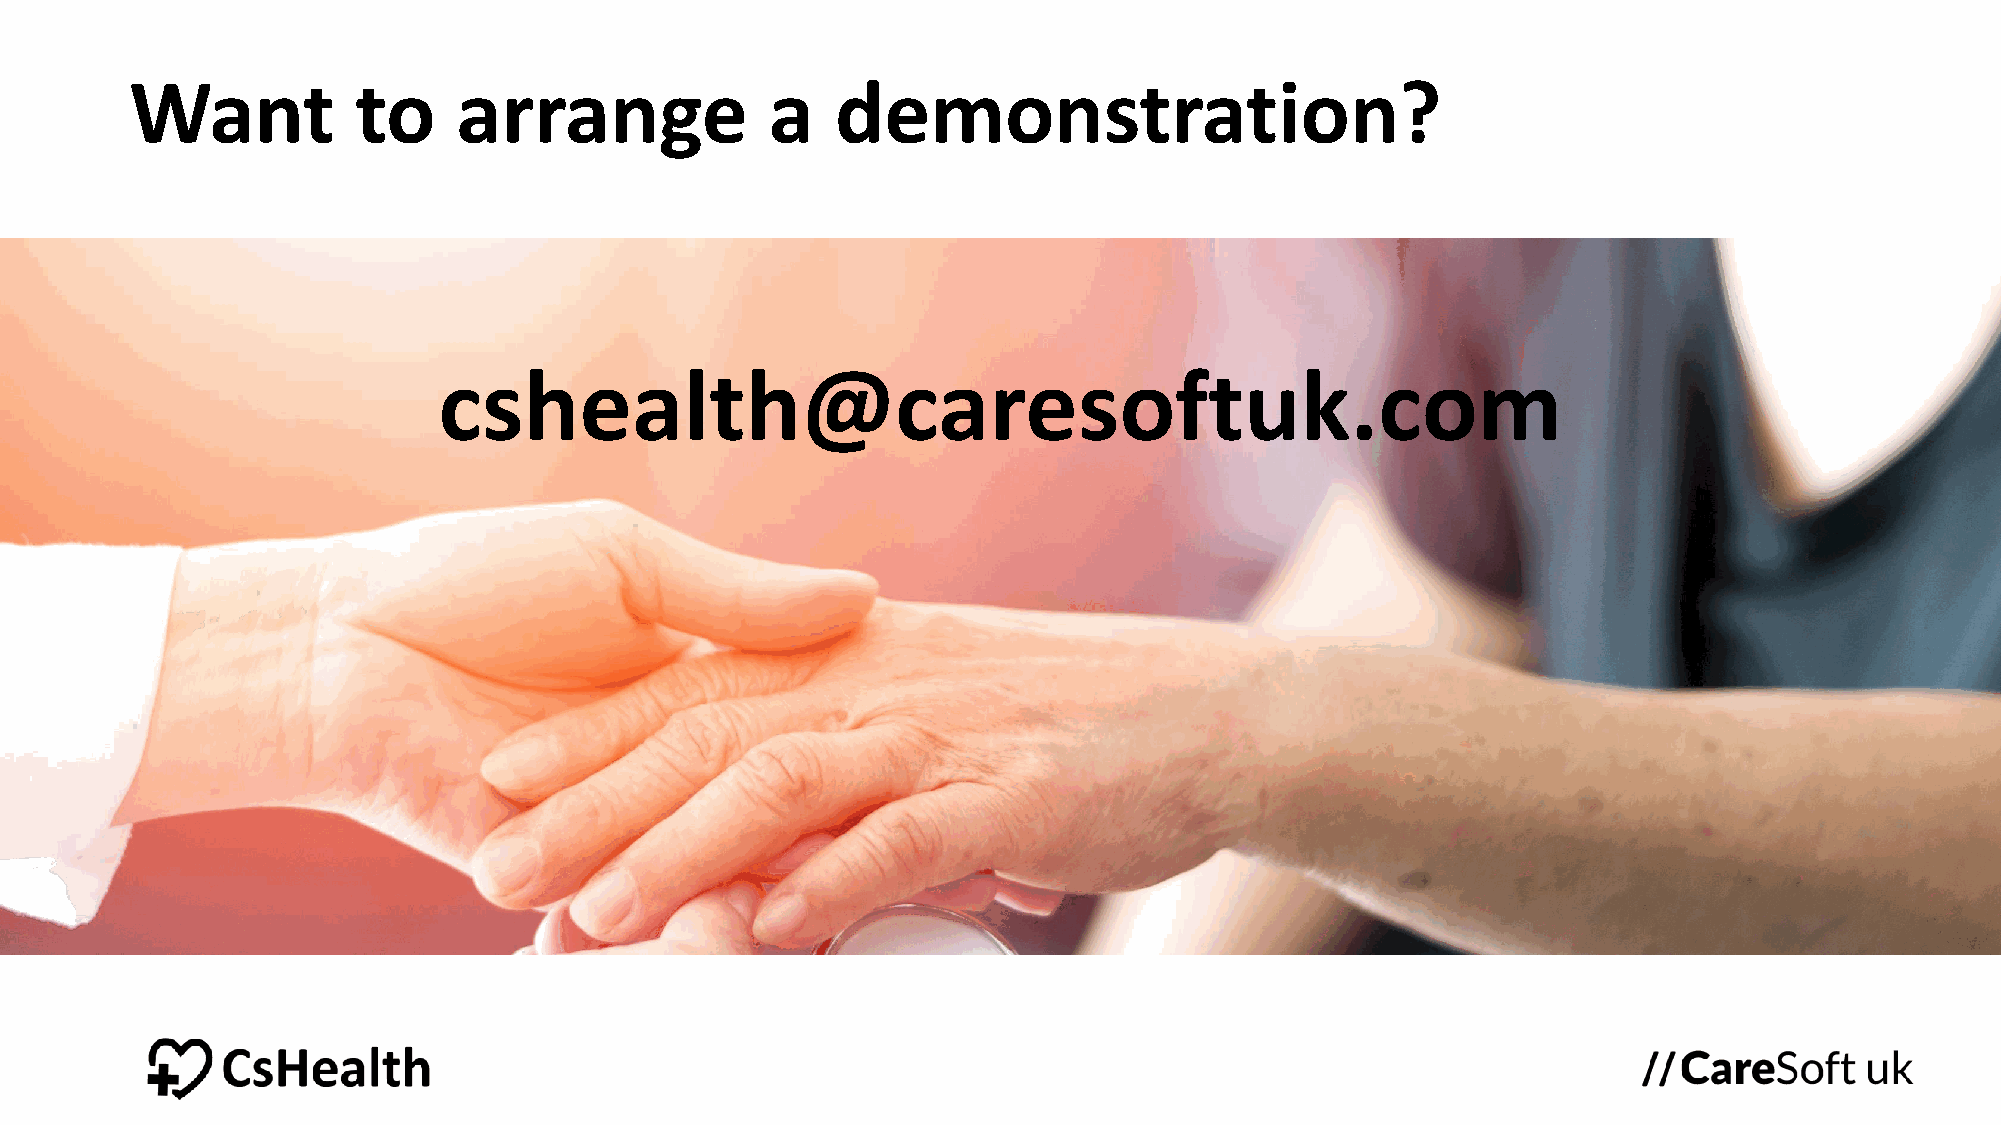
Want           to    arrange              a   demonstration?
 cshealth@caresoftuk.com